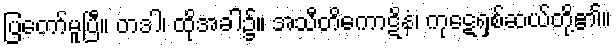
ပြတော်မူပြီ။ တဒါ၊ ထိုအခါ၌။ အသီတိကောဋိနံ၊ ကုဋေရှစ်ဆယ်တို့၏။